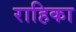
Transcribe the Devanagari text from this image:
राहिका